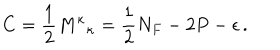
LaTeX: C = \frac { 1 } { 2 } { M ^ { \kappa } } _ { \kappa } = \frac { 1 } { 2 } N _ { F } - 2 P - \epsilon \, .